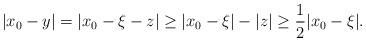
LaTeX: \begin{align*}|x_0-y|=|x_0-\xi-z|\geq |x_0-\xi|-|z|\geq\frac{1}{2}|x_0-\xi|.\end{align*}